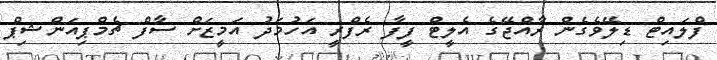
ފްލައިޓް ޑިލޭވެގެން ރާއްޖޭގެ އެލީޓް ފީފާ ރެފްރީ އަހުމަދު އަމީޒަށް ސާފް ޗެމްޕިއަންޝިޕް